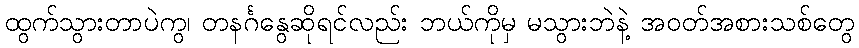
ထွက်သွားတာပဲကွ၊ တနင်္ဂနွေဆိုရင်လည်း ဘယ်ကိုမှ မသွားဘဲနဲ့ အဝတ်အစားသစ်တွေ